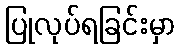
ပြုလုပ်ရခြင်းမှာ